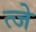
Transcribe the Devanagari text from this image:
त्जे